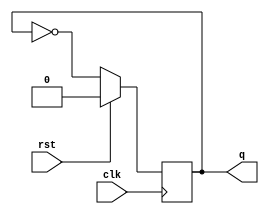
// Code your design here
module toggle_ff(q,clk,rst);
  input clk,rst;
  output reg q;
  always@(posedge clk)
    if (rst)
      q <= 0 ;
    else 
      q <= ~q;
endmodule
module div_by_16(clk_out,clk,rst);
  input clk,rst;
  output clk_out;
  wire [3:0] t;
  assign clk_out = t[3];
  toggle_ff f0(t[0],clk,rst);
  toggle_ff f1(t[1],~t[0],rst);
  toggle_ff f2(t[2],~t[1],rst);
  toggle_ff f3(t[3],~t[2],rst);
endmodule